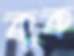
কুক